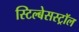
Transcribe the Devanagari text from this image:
स्टिल्बेसस्ट्रॉल